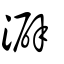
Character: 澼